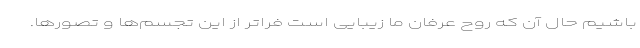
باشیم حال آن که روح عرفان ما زیبایی است فراتر از این تجسم‌ها و تصورها.